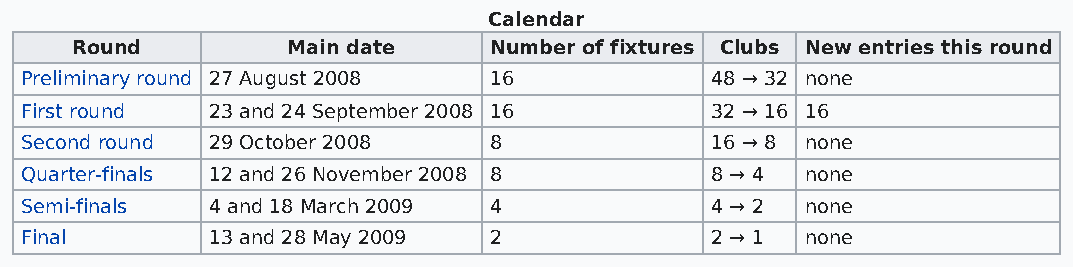
Calendar
 Round         Main date    Number of fixtures Clubs New entries this round
 Preliminary round 27 August 2008 16           48 → 32 none
 First round  23 and 24 September 2008 16      32 → 16 16
 Second round 29 October 2008   8              16 → 8 none
 Quarter-finals 12 and 26 November 2008 8      8 → 4 none
 Semi-finals  4 and 18 March 2009 4            4 → 2 none
 Final        13 and 28 May 2009 2             2 → 1 none